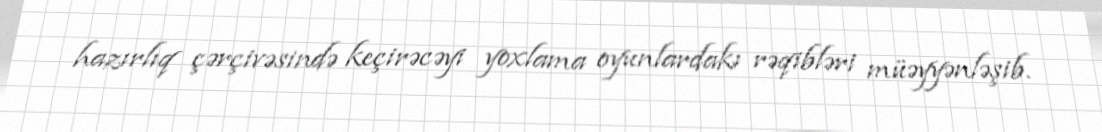
hazırlıq çərçivəsində keçirəcəyi yoxlama oyunlardakı rəqibləri müəyyənləşib.